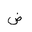
Letter: _dad